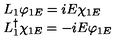
\begin{array} { l } { L _ { 1 } \varphi _ { 1 E } = i E \chi _ { 1 E } } \\ { L _ { 1 } ^ { \dag } \chi _ { 1 E } = - i E \varphi _ { 1 E } } \\ \end{array}